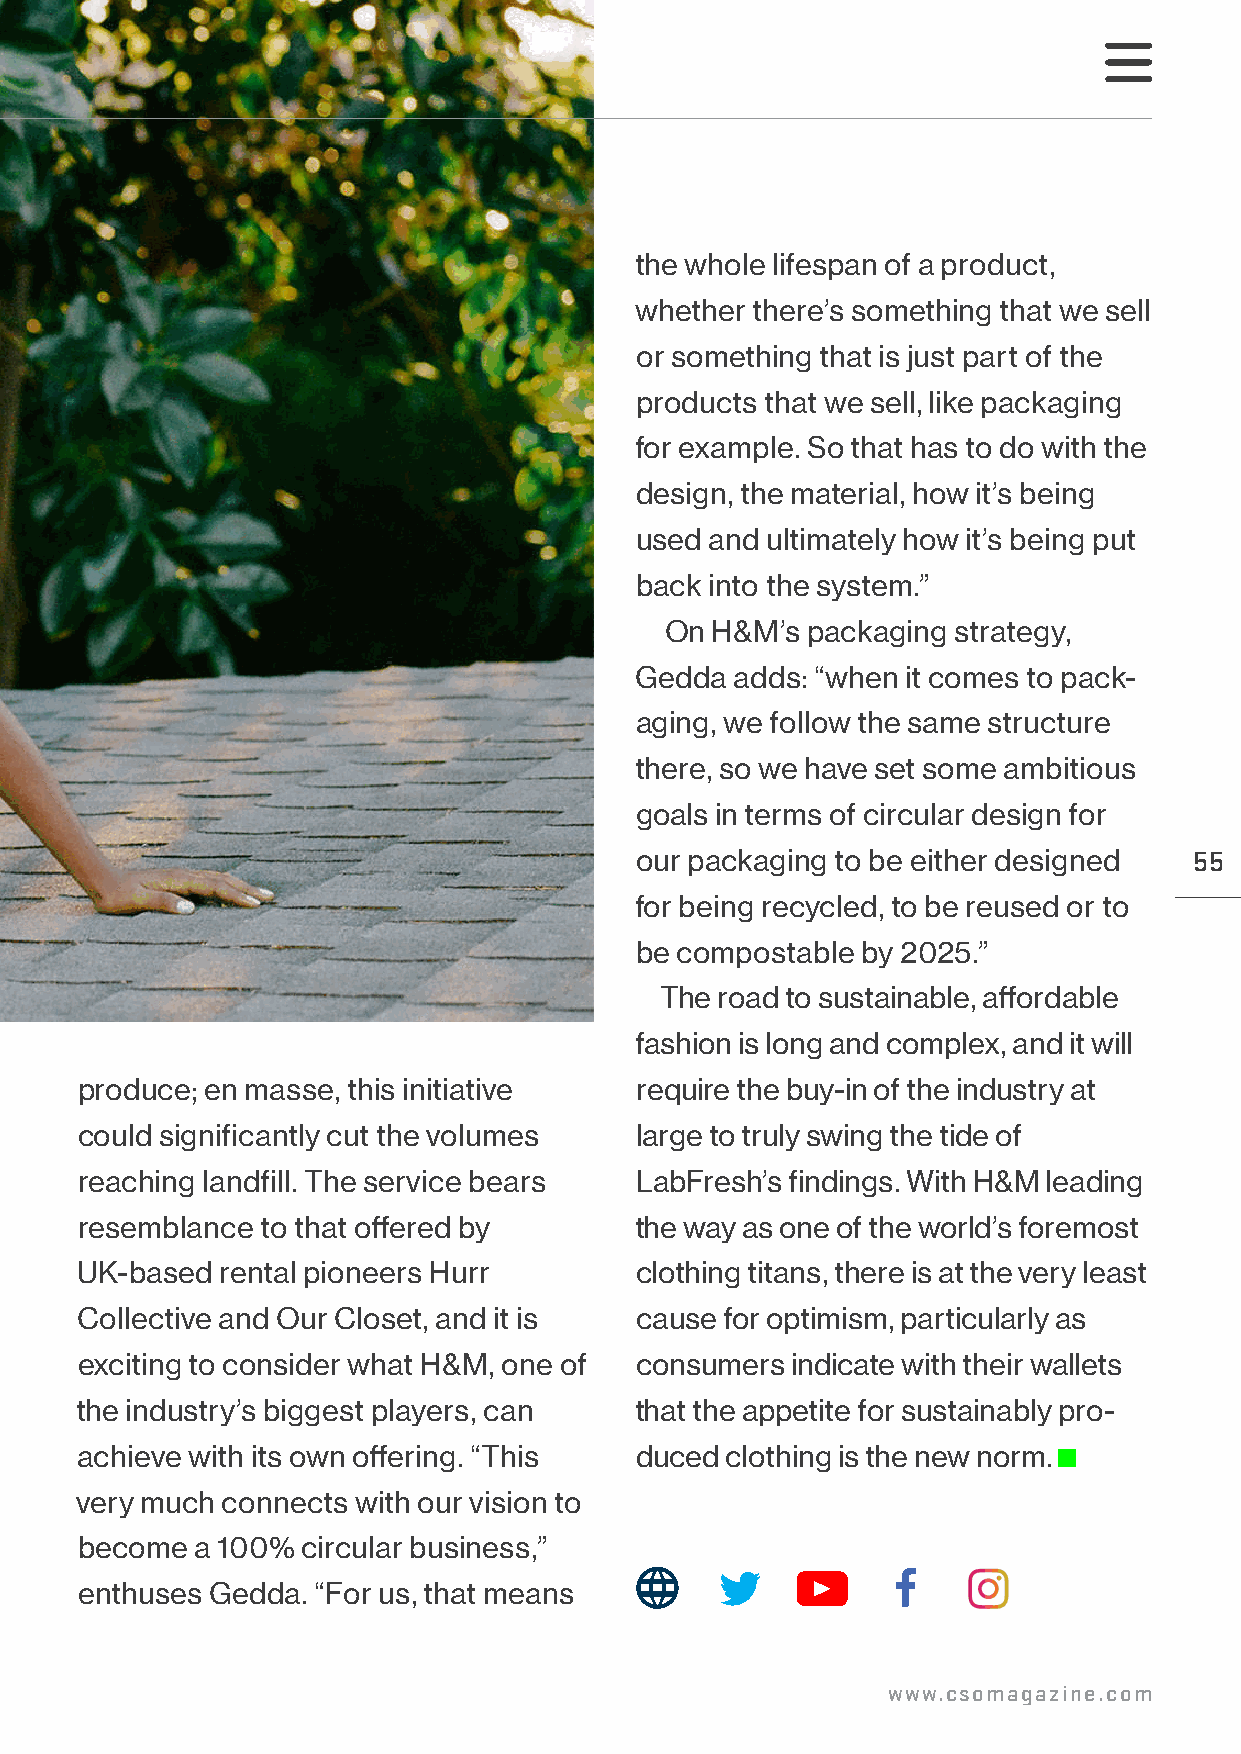
the whole lifespan of a product,
 whether there’s something that we sell
 or something that is just part of the
 products that we sell, like packaging
 for example. So that has to do with the
 design, the material, how it’s being
 used and ultimately how it’s being put
 back into the system.”
 On H&M’s packaging strategy,
 Gedda  adds: “when it comes to pack-
 aging, we follow the same structure
 there, so we have set some ambitious
 goals in terms of circular design for
 our packaging to be either designed  55
 for being recycled, to be reused or to
 be compostable by 2025.”
 The road to sustainable, affordable
 fashion is long and complex, and it will
 produce; en masse, this initiative   require the buy-in of the industry at
 could significantly cut the volumes  large to truly swing the tide of
 reaching landfill. The service bears LabFresh’s findings. With H&M leading
 resemblance to that offered by       the way as one of the world’s foremost
 UK-based  rental pioneers Hurr       clothing titans, there is at the very least
 Collective and Our Closet, and it is cause for optimism, particularly as
 exciting to consider what H&M, one of consumers indicate with their wallets
 the industry’s biggest players, can  that the appetite for sustainably pro-
 achieve with its own offering. “This duced clothing is the new norm.
 very much connects with our vision to
 become  a 100% circular business,”
 enthuses Gedda. “For us, that means
 www.csomagazine.com